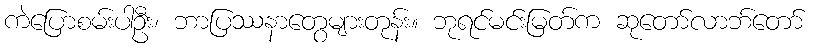
ကဲပြောစမ်းပါဦး၊ ဘာပြဿနာတွေများတုန်း။ ဘုရင်မင်းမြတ်က ဆုတော်လာဘ်တော်